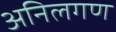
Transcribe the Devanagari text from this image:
अनिलगण